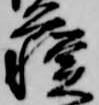
蘇